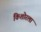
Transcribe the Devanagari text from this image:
किशोरला